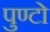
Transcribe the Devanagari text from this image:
पुण्टो